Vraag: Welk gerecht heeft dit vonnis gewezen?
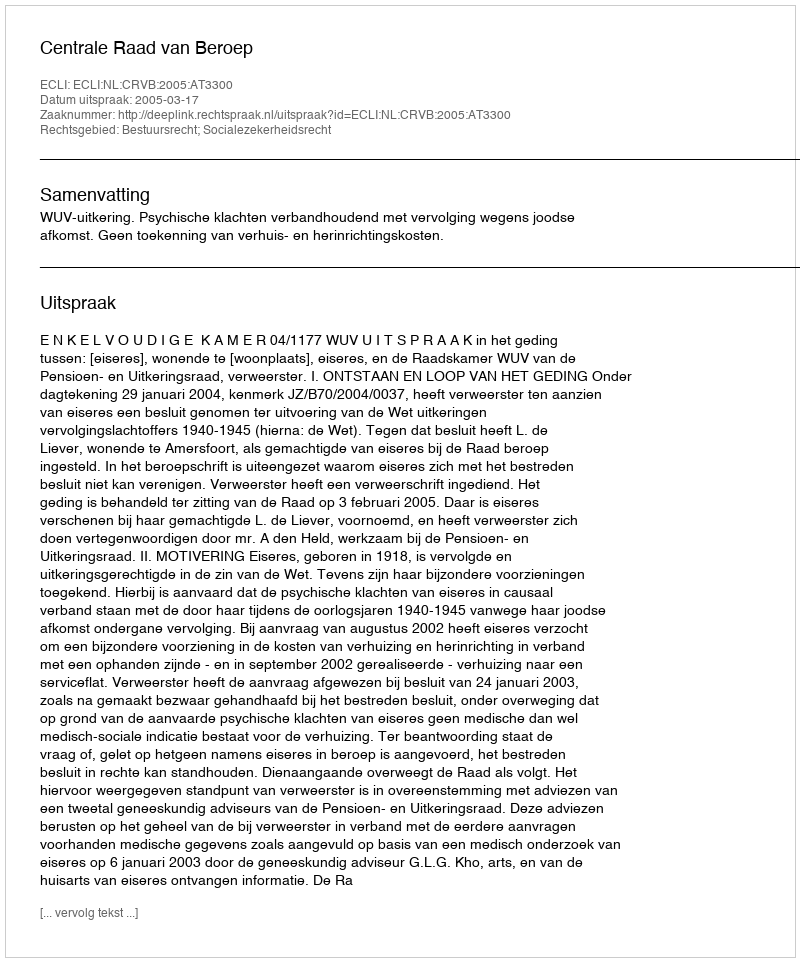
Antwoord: Centrale Raad van Beroep